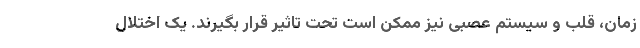
زمان، قلب و سیستم عصبی نیز ممکن است تحت تاثیر قرار بگیرند. یک اختلال